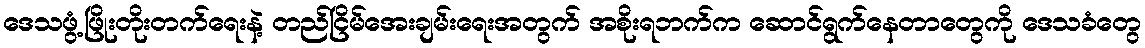
ဒေသဖွံ့ဖြိုးတိုးတက်ရေးနဲ့ တည်ငြိမ်အေးချမ်းရေးအတွက် အစိုးရဘက်က ဆောင်ရွက်နေတာတွေကို ဒေသခံတွေ